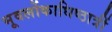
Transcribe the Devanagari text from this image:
भूवर्लोकाधिष्ठात्रीं